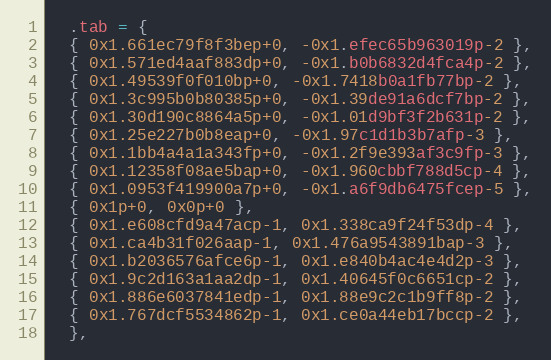
Language: C
  .tab = {
  { 0x1.661ec79f8f3bep+0, -0x1.efec65b963019p-2 },
  { 0x1.571ed4aaf883dp+0, -0x1.b0b6832d4fca4p-2 },
  { 0x1.49539f0f010bp+0, -0x1.7418b0a1fb77bp-2 },
  { 0x1.3c995b0b80385p+0, -0x1.39de91a6dcf7bp-2 },
  { 0x1.30d190c8864a5p+0, -0x1.01d9bf3f2b631p-2 },
  { 0x1.25e227b0b8eap+0, -0x1.97c1d1b3b7afp-3 },
  { 0x1.1bb4a4a1a343fp+0, -0x1.2f9e393af3c9fp-3 },
  { 0x1.12358f08ae5bap+0, -0x1.960cbbf788d5cp-4 },
  { 0x1.0953f419900a7p+0, -0x1.a6f9db6475fcep-5 },
  { 0x1p+0, 0x0p+0 },
  { 0x1.e608cfd9a47acp-1, 0x1.338ca9f24f53dp-4 },
  { 0x1.ca4b31f026aap-1, 0x1.476a9543891bap-3 },
  { 0x1.b2036576afce6p-1, 0x1.e840b4ac4e4d2p-3 },
  { 0x1.9c2d163a1aa2dp-1, 0x1.40645f0c6651cp-2 },
  { 0x1.886e6037841edp-1, 0x1.88e9c2c1b9ff8p-2 },
  { 0x1.767dcf5534862p-1, 0x1.ce0a44eb17bccp-2 },
  },